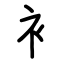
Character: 衤